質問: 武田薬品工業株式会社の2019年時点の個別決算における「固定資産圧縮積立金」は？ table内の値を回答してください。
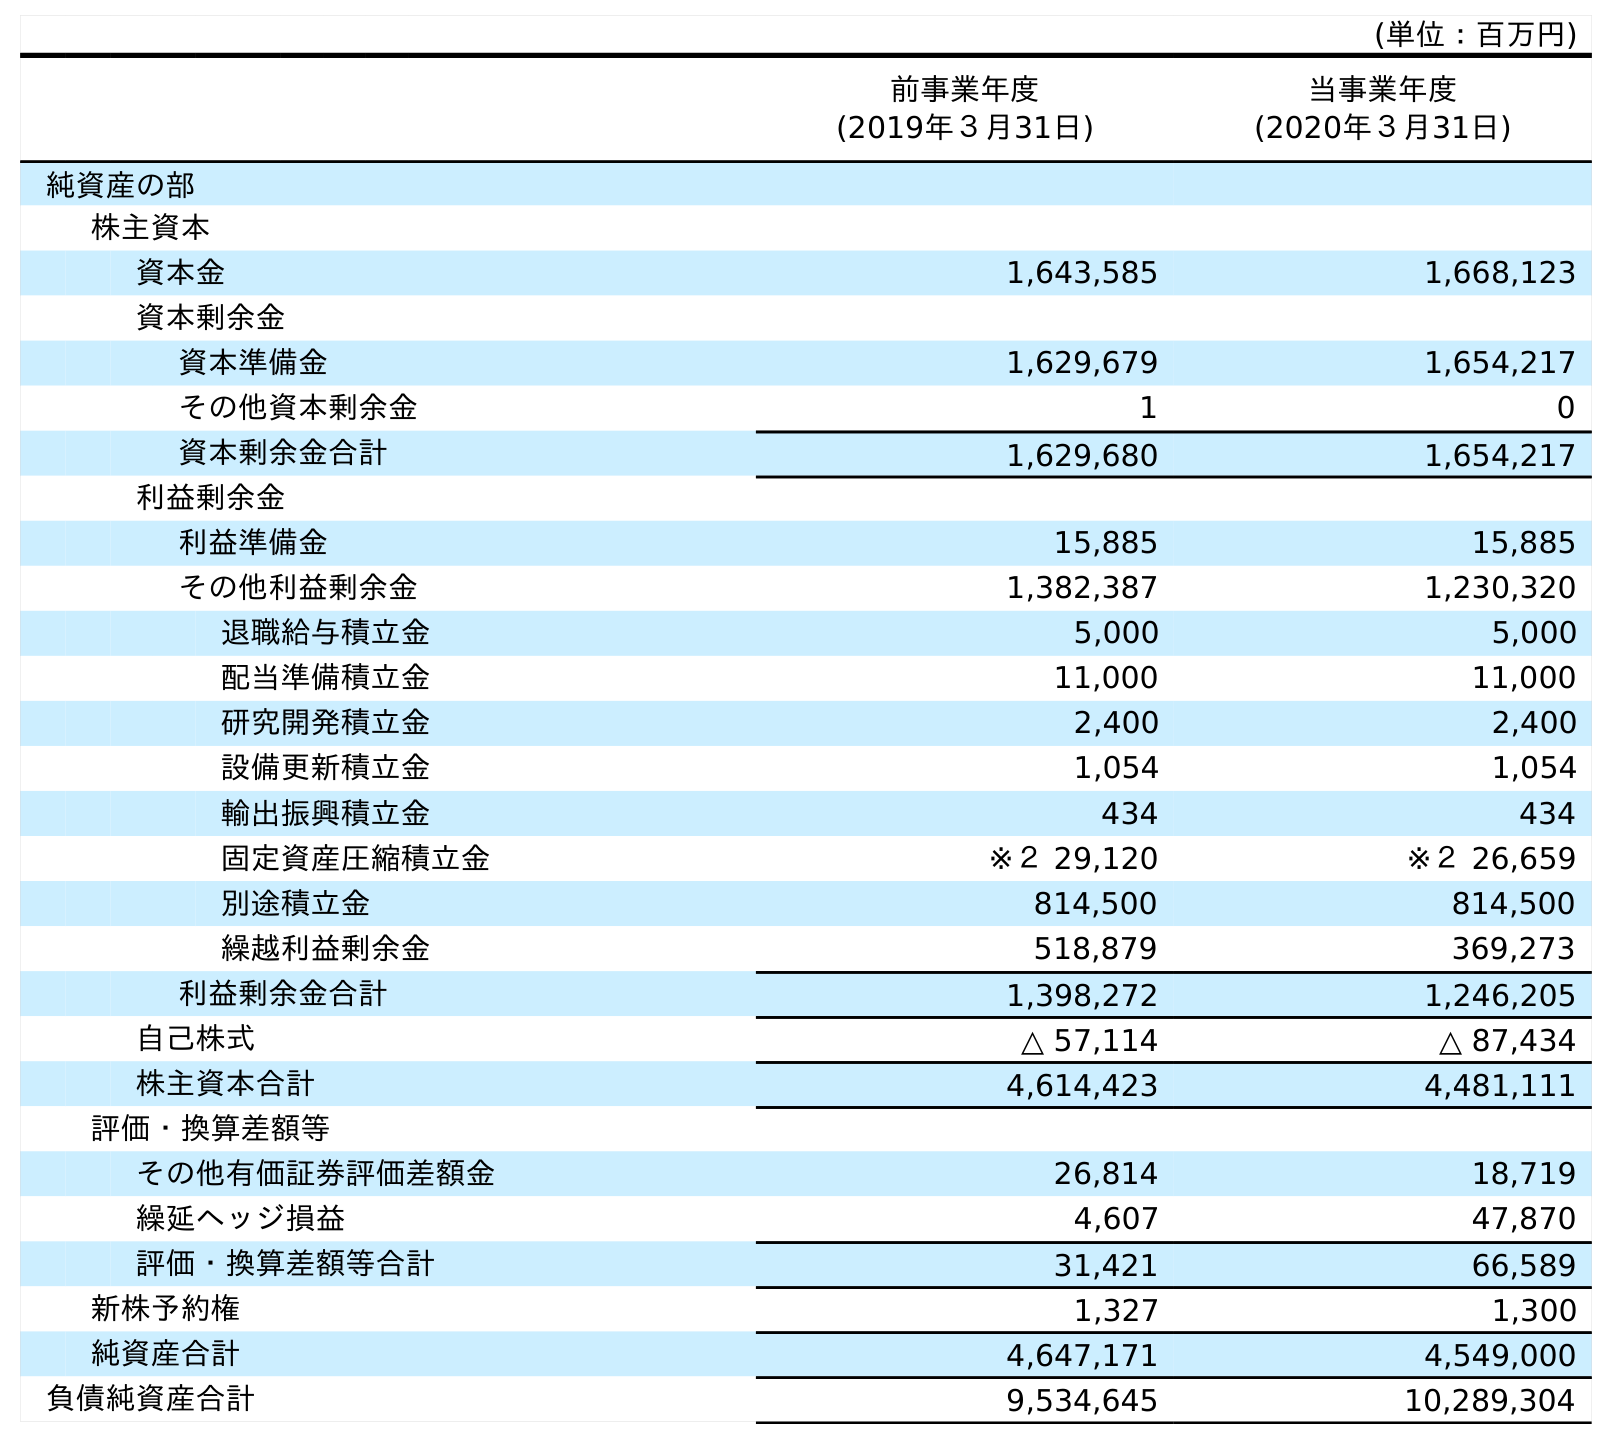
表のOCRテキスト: (単位：百万円) 前事業年度 (2019年３月31日) 当事業年度 (2020年３月31日) 純資産の部 株主資本 資本金 1,643,585 1,668,123 資本剰余金 資本準備金 1,629,679 1,654,217 その他資本剰余金 1 0 資本剰余金合計 1,629,680 1,654,217 利益剰余金 利益準備金 15,885 15,885 その他利益剰余金 1,382,387 1,230,320 退職給与積立金 5,000 5,000 配当準備積立金 11,000 11,000 研究開発積立金 2,400 2,400 設備更新積立金 1,054 1,054 輸出振興積立金 434 434 固定資産圧縮積立金 ※２ 29,120 ※２ 26,659 別途積立金 814,500 814,500 繰越利益剰余金 518,879 369,273 利益剰余金合計 1,398,272 1,246,205 自己株式 △ 57,114 △ 87,434 株主資本合計 4,614,423 4,481,111 評価・換算差額等 その他有価証券評価差額金 26,814 18,719 繰延ヘッジ損益 4,607 47,870 評価・換算差額等合計 31,421 66,589 新株予約権 1,327 1,300 純資産合計 4,647,171 4,549,000 負債純資産合計 9,534,645 10,289,304
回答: ※２29,120